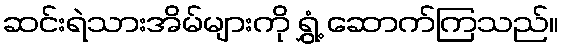
ဆင်းရဲသားအိမ်များကို ရွှံ့ ဆောက်ကြသည်။